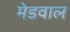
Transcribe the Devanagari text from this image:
मेडवाल